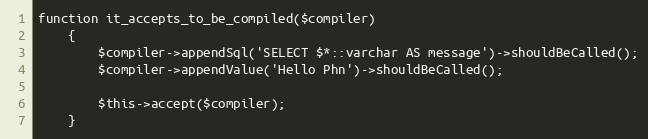
Language: PHP
function it_accepts_to_be_compiled($compiler)
    {
        $compiler->appendSql('SELECT $*::varchar AS message')->shouldBeCalled();
        $compiler->appendValue('Hello Phn')->shouldBeCalled();

        $this->accept($compiler);
    }